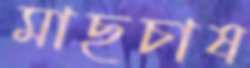
মাছচাষ